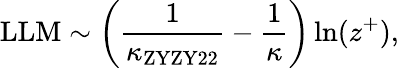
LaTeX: \mathrm{LLM}\sim\left(\frac{1}{\kappa_{\mathrm{ZYZY22}}}-\frac{1}{\kappa}\right)\ln(z^{+}),